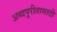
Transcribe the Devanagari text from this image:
अब्दपूरीतासाठी